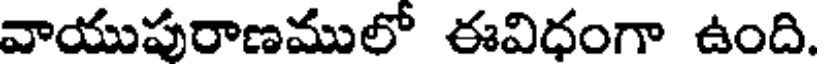
వాయుపురాణములో ఈవిధంగా ఉంది.